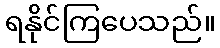
ရနိုင်ကြပေသည်။